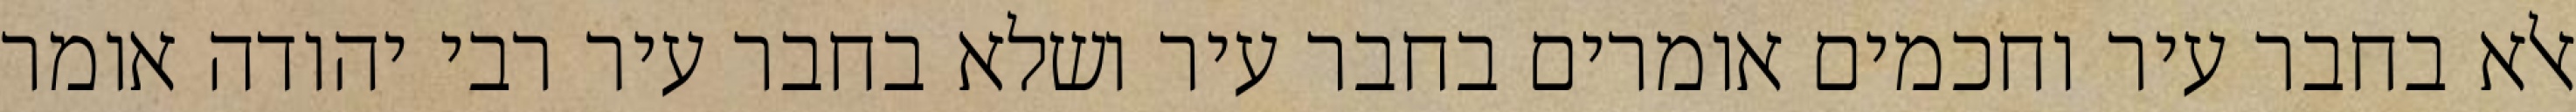
אלא בחבר עיר וחכמים אומרים בחבר עיר ושלא בחבר עיר רבי יהודה אומר